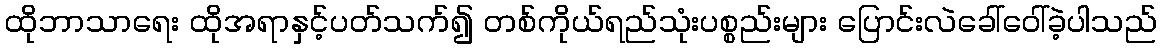
ထိုဘာသာရေး ထိုအရာနှင့်ပတ်သက်၍ တစ်ကိုယ်ရည်သုံးပစ္စည်းများ ပြောင်းလဲခေါ်ဝေါ်ခဲ့ပါသည်